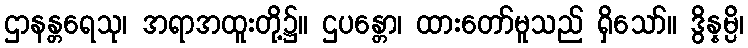
ဌာနန္တရေသု၊ အရာအထူးတို့၌။ ဌပန္တော၊ ထားတော်မူသည် ရှိသော်။ ဒွိန္နမ္ပိ၊